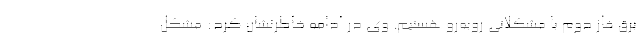
برق فاز دوم با مشکلاتی روبه‌رو هستیم. وی در ادامه خاطرنشان کرد: مشکل